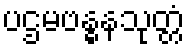
ပဌမဗန္ဓနသုတ္တံ